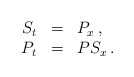
\begin{align*}\begin{array}{rcl}S_t & = & P_x \,, \\P_t & = & P S_x \,.\end{array}\end{align*}